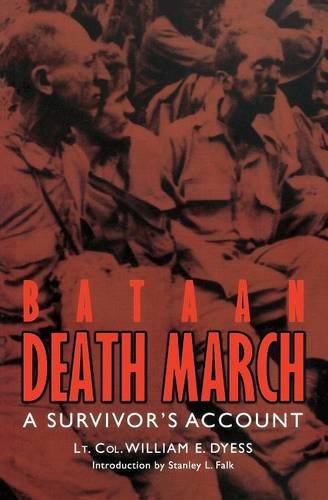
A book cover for Bataan Death March: A Survivor's Account; William E. Dyess; Biographies & Memoirs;